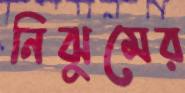
নিঝুমের